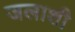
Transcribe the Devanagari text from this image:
जलाशी